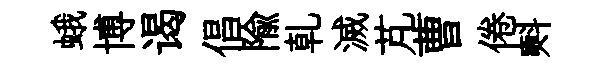
蛾博谒倡隃乹滅芃曹倦㪺